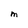
Character: M